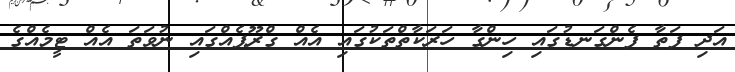
އަދި ފަތާ ފެންގަނޑުގައި ހިންގާ ހަރަކާތްތަކުގައި އެއް ގްރޫޕެއްގައި ނުވަތަ އެއް ޓީމެއްގެ